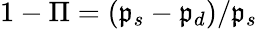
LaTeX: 1-\Pi=(\mathfrak{p}_{s}-\mathfrak{p}_{d})/\mathfrak{p}_{s}